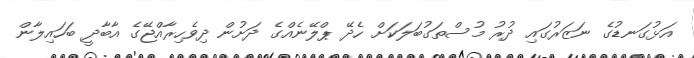
އަޅުގަނޑުގެ ނަޒަރުގައި ދުރު މުސްތަގުބަލަކަށް ހެދޭ ޕްލޭނެއްގެ ދަށުން ދިވެހިރާއްޖޭގެ އާބާދީ ބަހައިލާން